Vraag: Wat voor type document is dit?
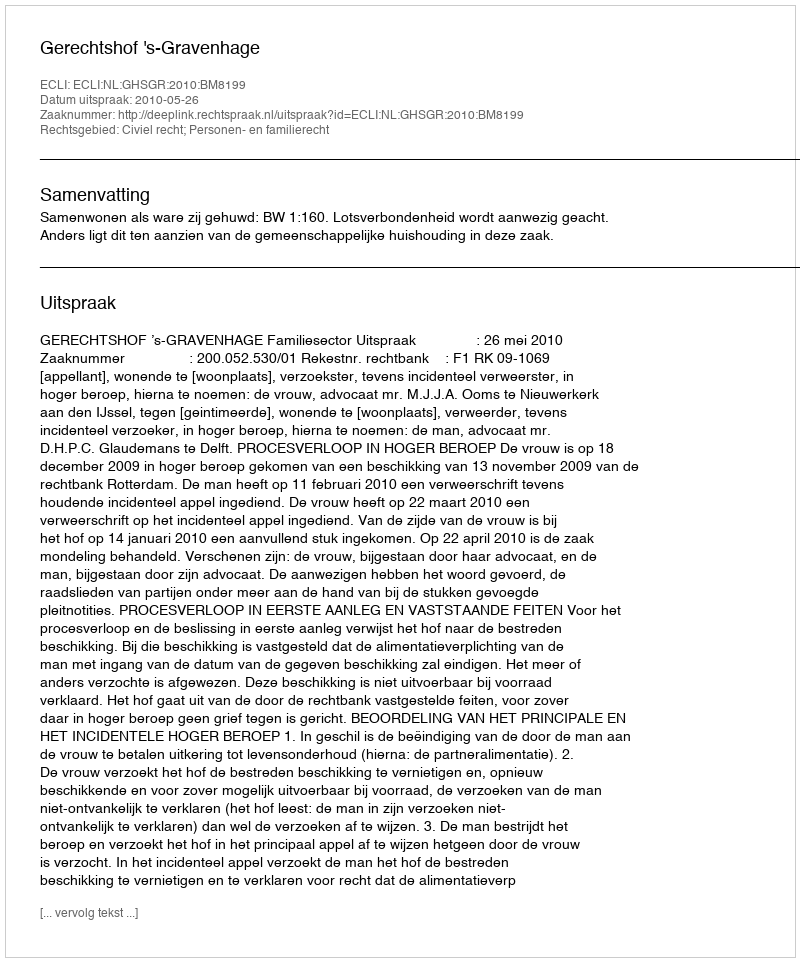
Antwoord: Uitspraak